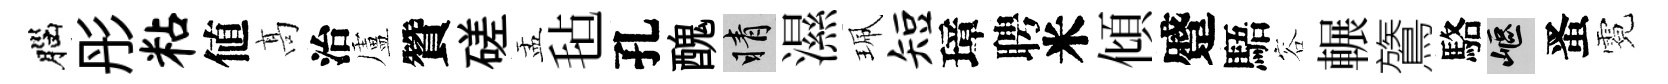
腦彤粘値髙治盧贊磋盂毡孔醜睛濕珮短璋聘米傾蹙䮏容輾鷟駱嶇󱉠霓